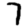
Digit: 7